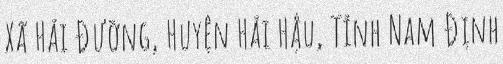
Xã Hải Đường, Huyện Hải Hậu, Tỉnh Nam Định